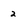
Character: 2